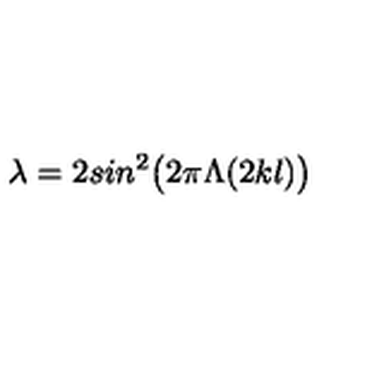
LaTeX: \lambda = 2 s i n ^ { 2 } \bigl ( 2 \pi \Lambda ( 2 k l ) \bigr )